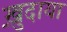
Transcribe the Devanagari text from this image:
ख़ु़दाया